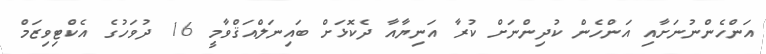
އަންހެންނުނަށާއި އަންހެން ކުދިންނަށް ކުރާ އަނިޔާއާ ދެކޮޅަށް ބައިނަލްއަޤްވާމީ 16 ދުވަހުގެ އެކްޓިވިޒަމް